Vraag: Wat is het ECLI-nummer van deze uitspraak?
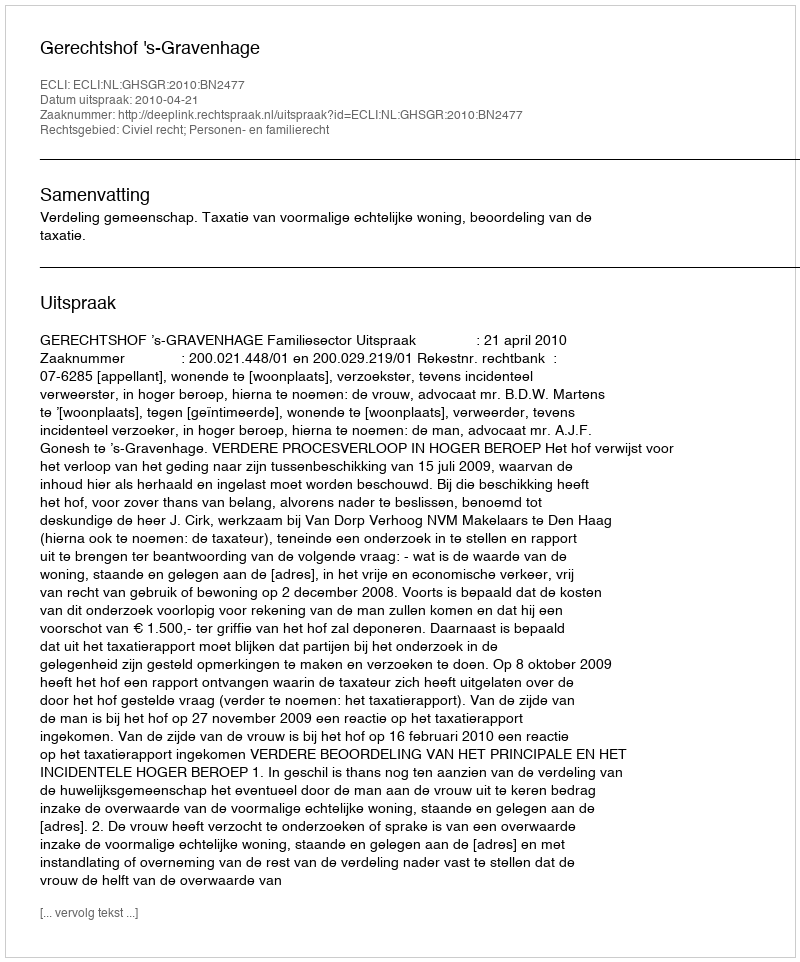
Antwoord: ECLI:NL:GHSGR:2010:BN2477